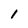
Character: l